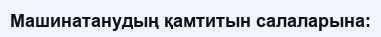
Машинатанудың қамтитын салаларына: